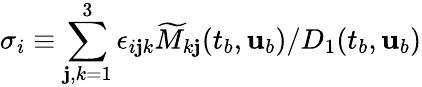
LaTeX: \sigma_{i}\equiv{\sum_{\mathbf{j},k=1}^{3}\epsilon_{i\mathbf{j}k}\widetilde{{M}}_{k\mathbf{j}}(t_{b},{\mathbf{{u}}}_{b})}/{D_{1}(t_{b},{\mathbf{{u}}}_{b})}